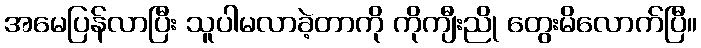
အမေပြန်လာပြီး သူပါမလာခဲ့တာကို ကိုကျီးညို တွေးမိလောက်ပြီ။